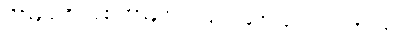
သီရိနန္ဒာဒေဝီပမုခါနိ၊ သီရိနန္ဒာမိဖုရားလျှင် အမှူးရှိကုန်သော။ တေဝီသတိ